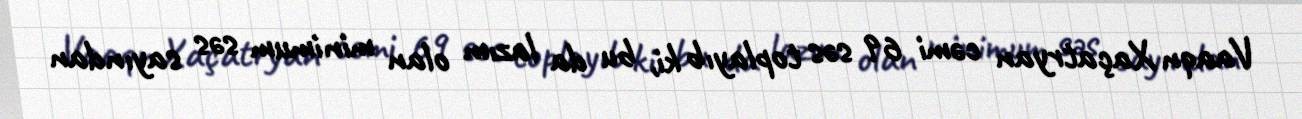
Vaaqn Xaçatryan cəmi 69 səs toplayıb ki, bu da lazım olan minimum səs sayından